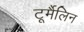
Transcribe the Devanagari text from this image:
टूर्मैलिन